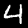
Digit: 4